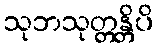
သုဘသုတ္တန္တိပိ